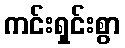
ကင်းရှင်းစွာ